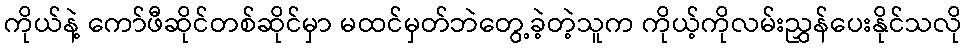
ကိုယ်နဲ့ ကော်ဖီဆိုင်တစ်ဆိုင်မှာ မထင်မှတ်ဘဲတွေ့ခဲ့တဲ့သူက ကိုယ့်ကိုလမ်းညွှန်ပေးနိုင်သလို